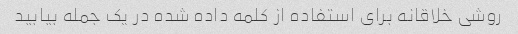
روشی خلاقانه برای استفاده از کلمه داده شده در یک جمله بیابید